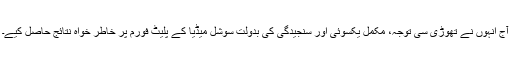
آج انہوں نے تھوڑی سی توجہ، مکمل یکسوئی اور سنجیدگی کی بدولت سوشل میڈیا کے پلیٹ فورم پر خاطر خواہ نتائج حاصل کیے۔